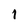
Character: i